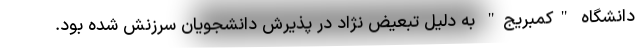
دانشگاه "کمبریج" به دلیل تبعیض نژاد در پذیرش دانشجویان سرزنش شده بود.